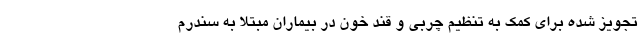
تجویز شده برای کمک به تنظیم چربی و قند خون در بیماران مبتلا به سندرم